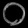
Digit: ၀